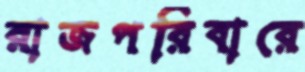
রাজপরিবারে